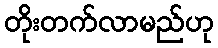
တိုးတက်လာမည်ဟု